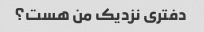
دفتری نزدیک من هست؟